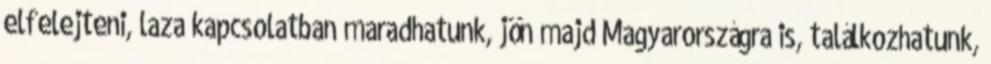
elfelejteni, laza kapcsolatban maradhatunk, jön majd Magyarországra is, találkozhatunk,